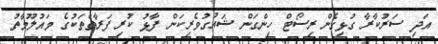
އަދި ސަރުކާރާ ގުޅިގެން ރިސޯޓް ހިންގަން ޝައުގުވެރިކަން ފާޅު ކުރި ފަރާތްތަކުގެ މައުލޫމާތު